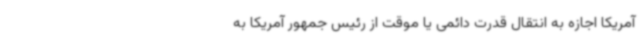
آمریکا اجازه به انتقال قدرت دائمی یا موقت از رئیس جمهور آمریکا به